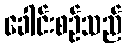
ခေါင်းစဉ်သည်